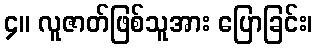
၄။ လူဇာတ်ဖြစ်သူအား ပြောခြင်း၊